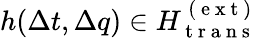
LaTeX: h(\Delta t,\Delta q)\in H_{\mathrm{~t~r~a~n~s~}}^{\mathrm{~(~e~x~t~)~}}